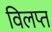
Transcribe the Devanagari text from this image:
विलप्त